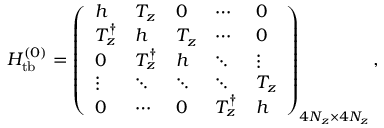
\begin{array} { r } { { \cal H } _ { \mathrm { t b } } ^ { ( 0 ) } = \left( \begin{array} { l l l l l } { h } & { T _ { z } } & { 0 } & { \cdots } & { 0 } \\ { T _ { z } ^ { \dagger } } & { h } & { T _ { z } } & { \cdots } & { 0 } \\ { 0 } & { T _ { z } ^ { \dagger } } & { h } & { \ddots } & { \vdots } \\ { \vdots } & { \ddots } & { \ddots } & { \ddots } & { T _ { z } } \\ { 0 } & { \cdots } & { 0 } & { T _ { z } ^ { \dagger } } & { h } \end{array} \right) _ { 4 N _ { z } \times 4 N _ { z } } , } \end{array}